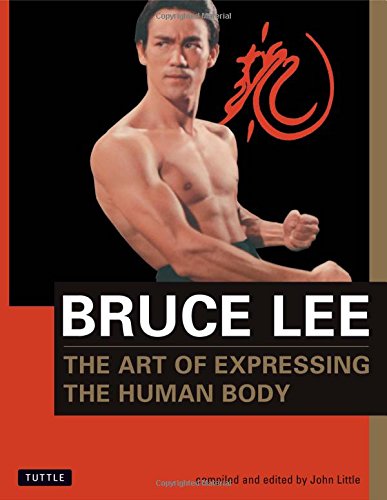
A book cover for The Art of Expressing the Human Body; Bruce Lee; Health, Fitness & Dieting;